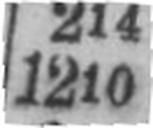
1210